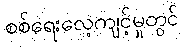
စစ်ရေးလေ့ကျင့်မှုတွင်